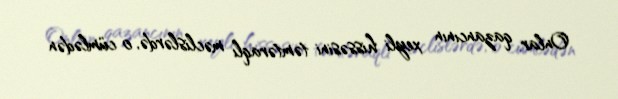
Onlar qazancının xeyli hissəsini təmtəraqlı məclislərdə, o cümlədən